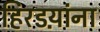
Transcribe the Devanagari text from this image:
हिरडय़ांना